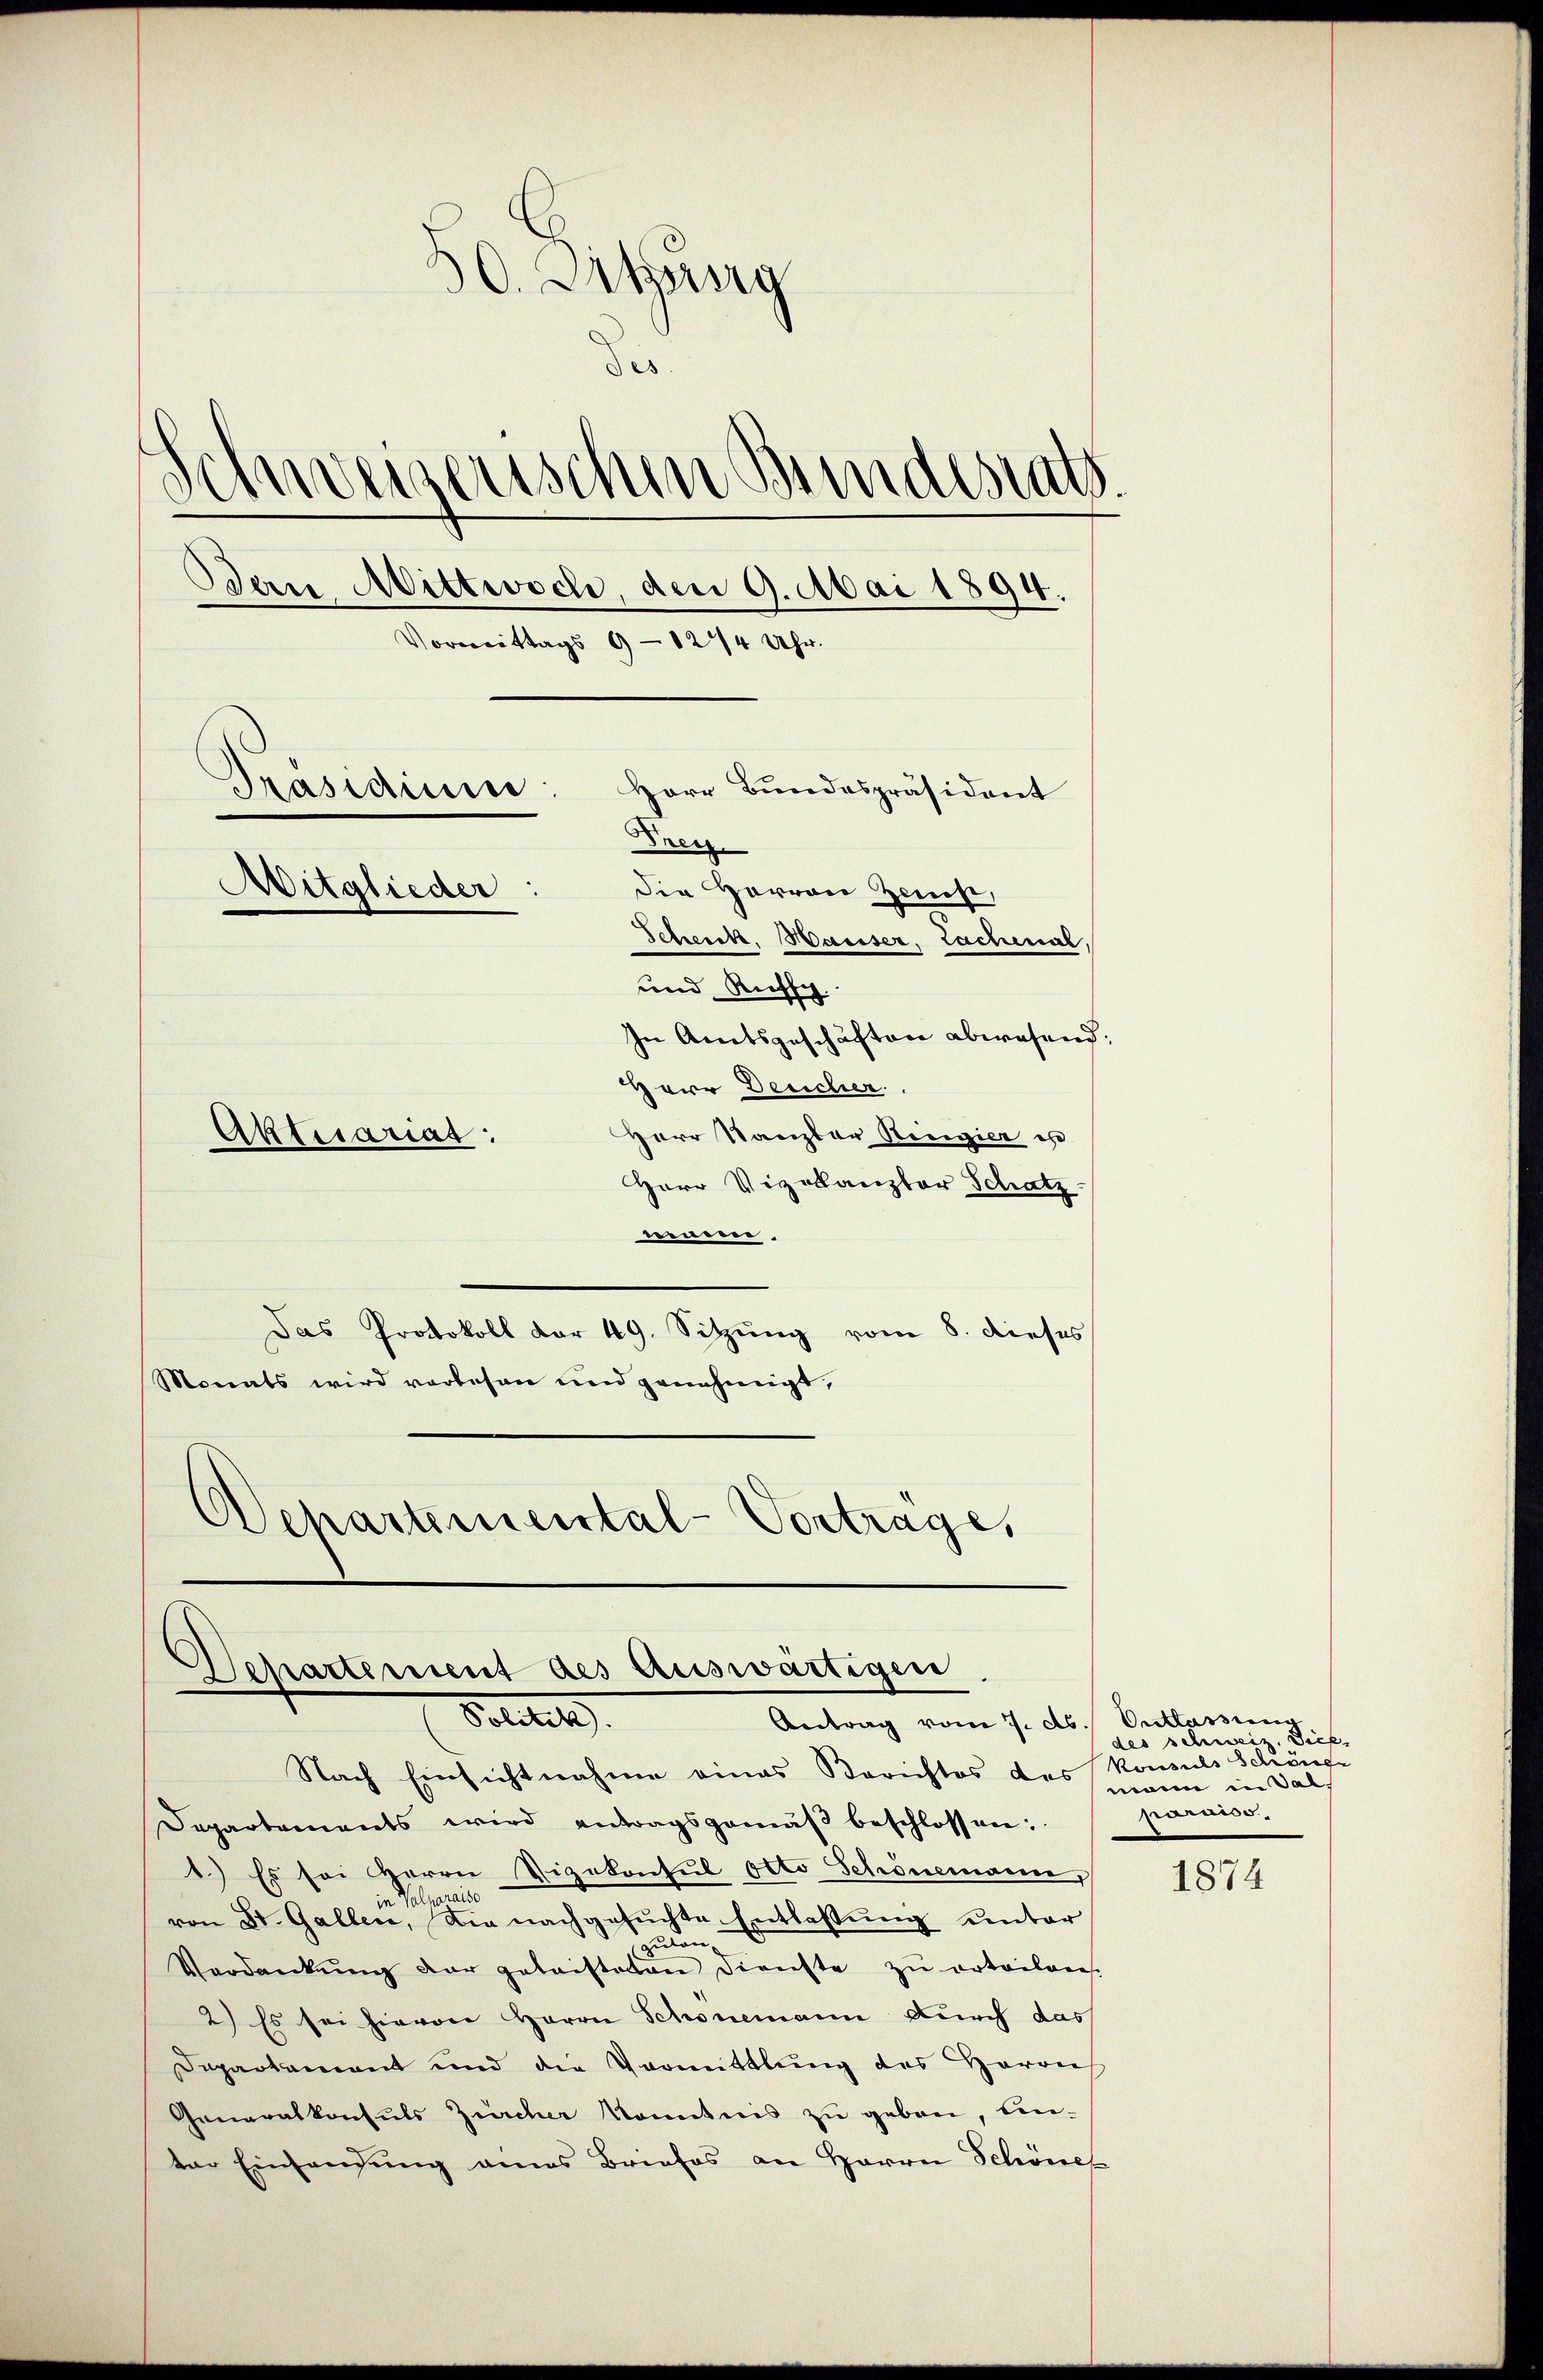
50. Sitzung
der.
schweizerischen Bundesrats.
Bern Mittwoch, den 9. Mai 1894.
Vormittags 9 - 1274 Uhr.
Präsidium
Herr Bundespräsident
Frey.
Mitglieder
Die Herren Zweiche,
Schenk, Hauser, Lachmal,
und Russi
In Amtsgeschäften abwesend:
HHerr Deucher
Herr Stanzler Ringier es
Aktuarias:

Herr Vizekanzler Schatz-
weissen,
Das Protokoll vor 49. Sitzŭng vom 8. dieses
Monats wird verlesen und genehmigt,
Departemental-Vortrage,

Departement des Auswärtigen
Solitis
Antrag vom 7. ds. Entlassung

Nach Einsichtnahme eines Berichtes des Konsuls Schöner
Departements wird antragsgemäβ beschlossen:
1.) Es sei Herrn Vizekonsul Otto Schönemann,
in Sal
von St. Gallen, die nachgesuchte Entlassung unter
ulan
Verdankŭng der gelaisteten dienste zŭ ertailanes.
2) Es sei hievon Herrn Schönemann durch das
Departement und die Vormittlung des Herrech
Generalkonsuls Zürcher konntnis zu geben, ein-
ter Einlandung eines Briefes an Herrn Schöne

des schweiz. Dich.
mann in Sal
parniss.

1874